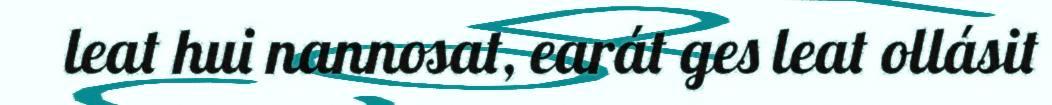
leat hui nannosat, earát ges leat ollásit